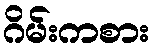
ဂိမ်းကစား